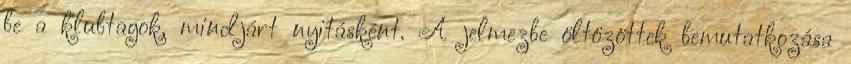
be a klubtagok, mindjárt nyitásként. A jelmezbe öltözöttek bemutatkozása